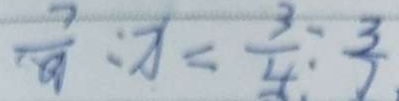
\frac { 7 } { 9 } : x = \frac { 3 } { 4 } : \frac { 3 } { 7 }